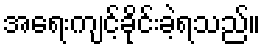
အရေးကျင့်ခိုင်းခဲ့ရသည်။